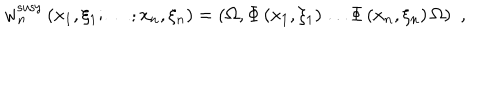
w _ { n } ^ { \mathrm { s u s y } } \left( x _ { 1 } , \xi _ { 1 } ; \ldots ; x _ { n } , \xi _ { n } \right) = \left( \Omega , \Phi \left( x _ { 1 } , \xi _ { 1 } \right) \ldots \Phi \left( x _ { n } , \xi _ { n } \right) \Omega \right) \, \, ,